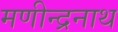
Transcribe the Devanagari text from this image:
मणीन्द्रनाथ